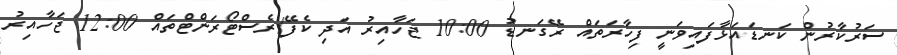
ސަރުކާރުން ކަނޑައަޅާފައިވަނީ ފިހާރަތައް ރޭގަނޑު 10:00 ޖަހާއިރު އަދި ކެފޭ/ރެސްޓޯރަންޓްތައް 12:00 ޖަހާއިރު